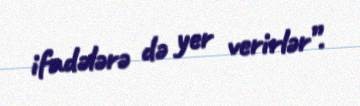
ifadələrə də yer verirlər”.